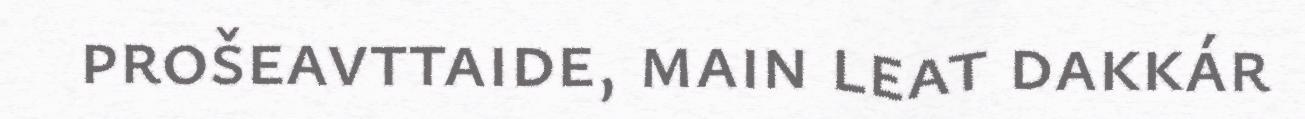
prošeavttaide, main leat dakkár